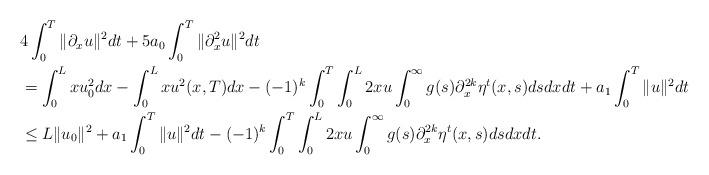
LaTeX: \begin{align*}&4\int_0^T\|\partial_x u\|^2dt+5a_0\int_0^T\|\partial_x^2 u\|^2dt\\&=\int_0^L xu_0^2dx-\int_0^Lxu^2(x,T)dx-(-1)^k\int_0^T\int_0^L2 x u\int_0^\infty g(s)\partial_x^{2k}\eta^t(x,s)dsdxdt +a_1\int_0^T\|u\|^2 dt\\& \leq L\|u_0\|^2+a_1\int_0^T\|u\|^2 dt-(-1)^k\int_0^T\int_0^L2 x u\int_0^\infty g(s)\partial_x^{2k}\eta^t(x,s)dsdxdt .\end{align*}